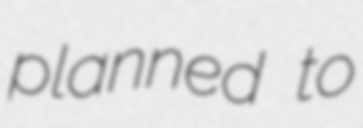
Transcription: planned to